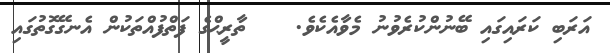
އަރަބި ކަރައިގައި ބޭނުންކުރެވުނު މެވާއެކެވެ.    ތާރީޙްގެ ފަތްފުއްތަކުން އެނގޭގޮތުގައި